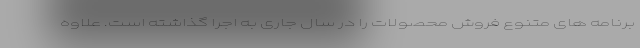
برنامه های متنوع فروش محصولات را در سال جاری به اجرا گذاشته است. علاوه